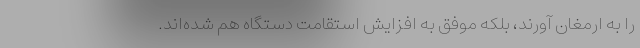
را به ارمغان آورند، بلکه موفق به افزایش استقامت دستگاه هم شده‌اند.